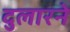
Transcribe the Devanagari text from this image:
दुलारने